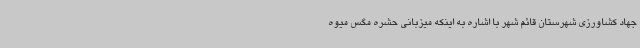
جهاد کشاورزی شهرستان قائم شهر با اشاره به اینکه میزبانی حشره مگس میوه